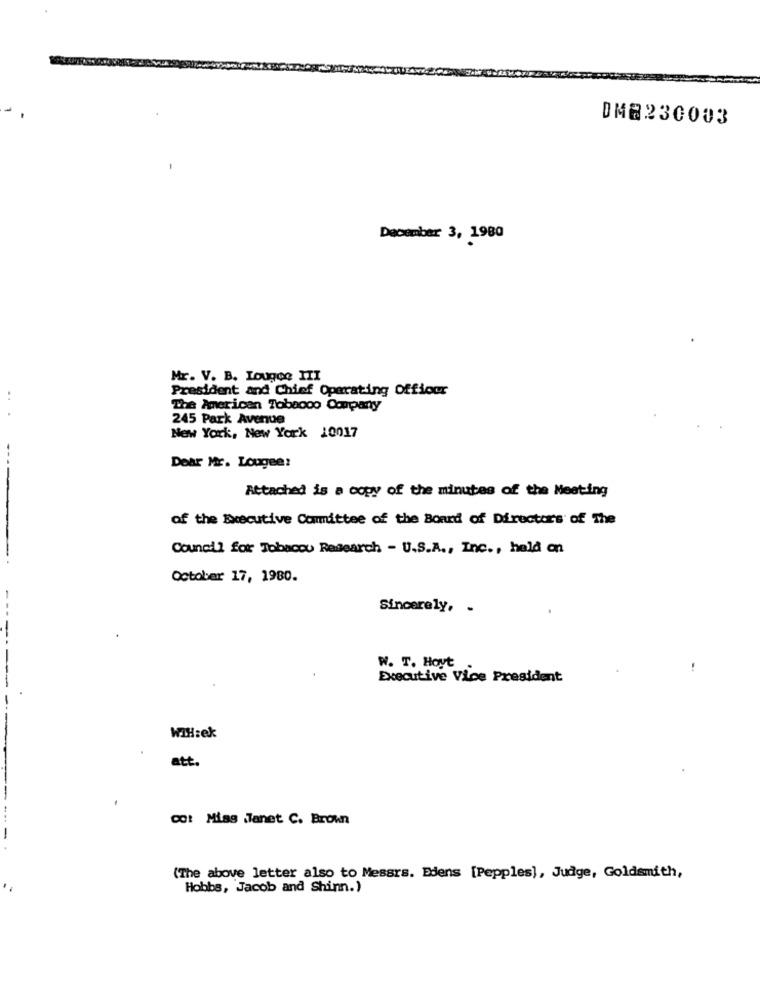
DM8230003
December 3, 1980
Mr. V. B. Lougoo III
President and Chief Operating Officer
The American Tobacco Company
245 Park Avenue
New York, New York 10017
Dear Mr. Lougee!
Attached is a copy of the minutes of the Meeting
of the Executive Comittee of the Board of Directors of The
Council for Tobacco Research - U.S.A ., Inc ., hald on
October 17, 1980.
Sincerely, -
W. T. Hoyt
Executive Vice President
WIH:ek
att.
Cot Misg Janet C. Brown
(The above letter also to Messrs. Edens [Pepples), Judge, Goldsmith,
Hobbs, Jacob and Shinn.)